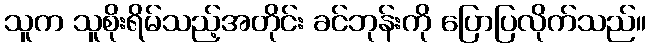
သူက သူစိုးရိမ်သည့်အတိုင်း ခင်ဘုန်းကို ပြောပြလိုက်သည်။